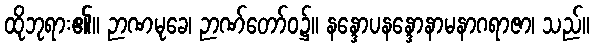
ထိုဘုရား၏။ ဉာဏမုခေ၊ ဉာဏ်တော်ဝ၌။ နန္ဒောပနန္ဒောနာမနာဂရာဇာ၊ သည်။